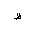
Letter: _za